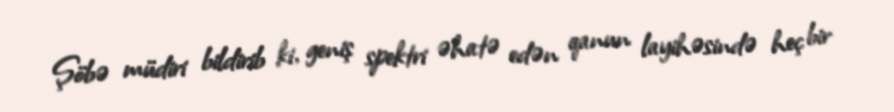
Şöbə müdiri bildirib ki, geniş spektri əhatə edən qanun layihəsində heç bir